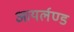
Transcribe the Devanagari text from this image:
आयर्लण्ड